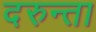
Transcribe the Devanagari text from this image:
दरुन्ता